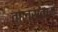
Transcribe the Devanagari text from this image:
ताल्स्ताय